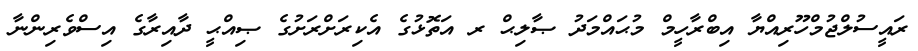
ރައީސުލްޖުމްހޫރިއްޔާ އިބްރާހީމް މުޙައްމަދު ޞާލިޙް ރ އަތޮޅުގެ އެކިރަށްރަށުގެ ޞިއްޙީ ދާއިރާގެ އިސްވެރިންނާ